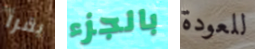
يقرأ بالجزء للعودة